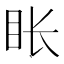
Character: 𬑇